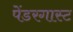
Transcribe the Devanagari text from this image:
पेंडरगास्ट